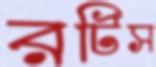
রটিস